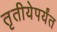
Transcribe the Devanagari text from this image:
तृतीयेपर्यंत